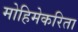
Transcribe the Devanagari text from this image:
मोहिमेकरिता